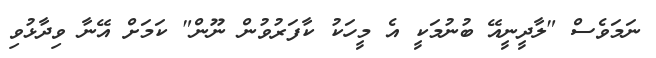
ނަމަވެސް "ލާދީނީއޭ ބުނުމަކީ އެ މީހަކު ކާފަރުވުން ނޫން" ކަމަށް އޭނާ ވިދާޅުވި